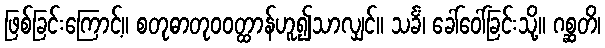
ဖြစ်ခြင်းကြောင့်။ စတုဓာတုဝဝတ္ထာန်ဟူ၍သာလျှင်။ သင်္ခံ၊ ခေါ်ဝေါ်ခြင်းသို့။ ဂစ္ဆတိ၊